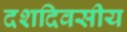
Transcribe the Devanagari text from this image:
दशदिवसीय